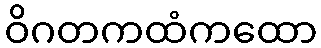
ဝိဂတကထံကထော